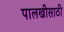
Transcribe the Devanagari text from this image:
पालखीसाठी